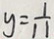
y = \frac { 1 } { 1 1 }